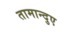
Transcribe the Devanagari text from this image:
तामान्दुए